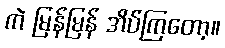
ကဲ မြန်မြန် အိပ်ကြတော့။